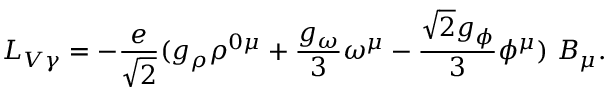
{ \cal L } _ { V \gamma } = - { \frac { e } { \sqrt { 2 } } } ( g _ { \rho } \rho ^ { 0 \mu } + { \frac { g _ { \omega } } { 3 } } \omega ^ { \mu } - { \frac { \sqrt { 2 } g _ { \phi } } { 3 } } \phi ^ { \mu } ) ~ B _ { \mu } .